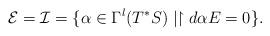
\begin{align*}\mathcal E=\mathcal I=\{\alpha\in \Gamma^l(T^*S)\mid\restriction{d\alpha}{E}=0\}.\end{align*}